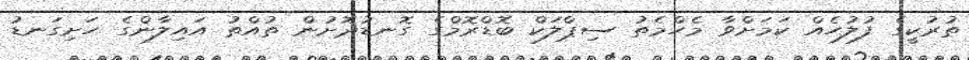
ތުރުކީގެ ފުލުހެއް ކަމަށްވާ މެހްމެތު ސިޕްލަކް ބޮޑްރޮމްގެ ގޮނޑުދޮށުން ތުއްތު އައިލާންގެ ހަށިގަނޑު